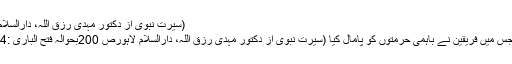
(سیرت نبوی از دکتور مہدی رزق اللہ، دارالسلام لاہورص 199 بحوالہ دلائل النبوۃ للبیہقی: 2/36)
بنو کنانہ اور قریش کے درمیان ایک جنگ ہوئی ، جس میں فریقین نے باہمی حرمتوں کو پامال کیا (سیرت نبوی از دکتور مہدی رزق اللہ، دارالسلام لاہورص 200بحوالہ فتح الباری :3/24) اور جاہلانہ عصبیت کی خاطر خون بہایا گیا۔